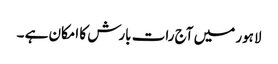
لاہور میں آج رات بارش کا امکان ہے ۔